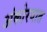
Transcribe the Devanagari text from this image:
अंकोरवात